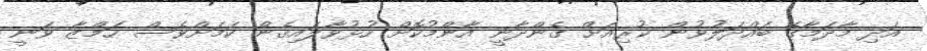
އަދި މާދަމާގެ ބައްދަލުވުން ކުރިއަށް ގެންދާނީ އާންމުކޮށް ހުޅުވާލައިގެން ކަމަށްވެސް ހަމްޒާ ވަނީ